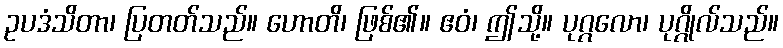
ဥပဒံသိတာ၊ ပြတတ်သည်။ ဟောတိ၊ ဖြစ်၏။ ဧဝံ၊ ဤသို့။ ပုဂ္ဂလော၊ ပုဂ္ဂိုလ်သည်။